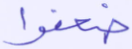
ضعفوا